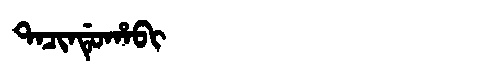
Manchu: ᡨᠠᠴᡳᠨᡩᡠᡥᠠᠪᡳ
Romanization: TACINDUHABI